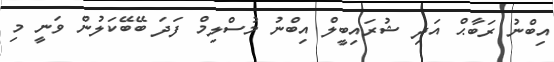
އިބްނު ރަބާޙް އަދި ޝުރައިބީލް އިބްނު މުސްލިމް ފަދަ ބޭބޭކަލުން ވަނީ މި